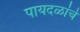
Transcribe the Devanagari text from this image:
पायदळांचे